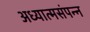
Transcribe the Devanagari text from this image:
अध्यात्मसंपन्न